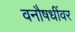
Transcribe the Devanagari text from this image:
वनौषधींवर